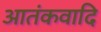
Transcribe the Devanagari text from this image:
आतंकवादि